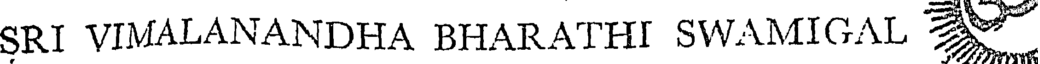
SRI VIMALANANDHA BHARATHI SWAMIGAL